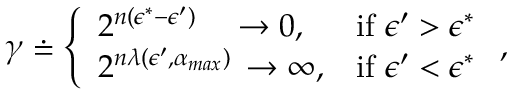
\begin{array} { r } { \gamma \doteq \left\{ \begin{array} { l l } { 2 ^ { n ( \epsilon ^ { * } - \epsilon ^ { \prime } ) } \quad \to 0 , } & { \mathrm { i f ~ } \epsilon ^ { \prime } > \epsilon ^ { * } } \\ { 2 ^ { n \lambda ( \epsilon ^ { \prime } , \alpha _ { m a x } ) } \, \to \infty , } & { \mathrm { i f ~ } \epsilon ^ { \prime } < \epsilon ^ { * } } \end{array} \right. , } \end{array}